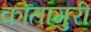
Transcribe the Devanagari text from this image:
कोतागुरी